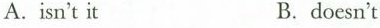
A.isn't it B. doesn't